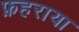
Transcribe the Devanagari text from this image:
फ़हराया